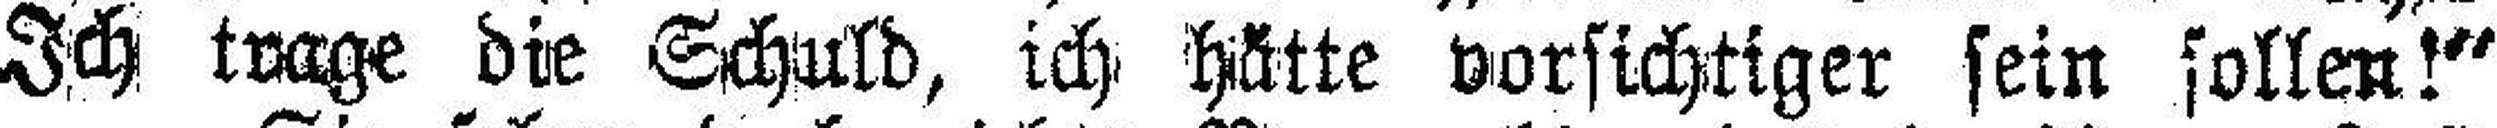
Ich trage die Schuld, ich hätte vorsichtiger sein sollen!“